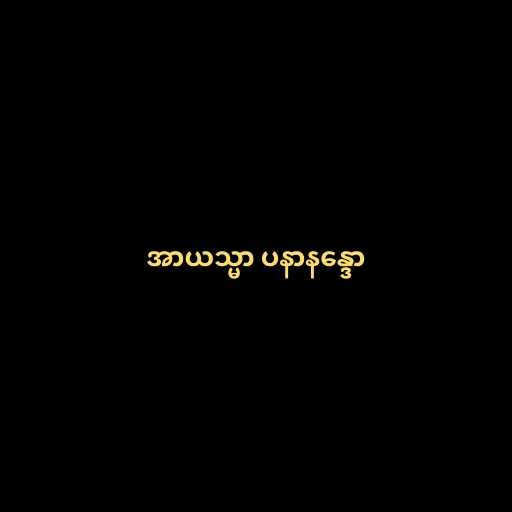
အာယသ္မာ ပနာနန္ဒော